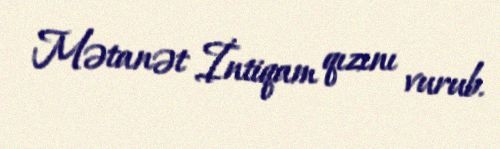
Mətanət İntiqam qızını vurub.